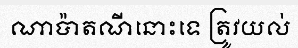
ណាប៉ាតណីនោះទេ ត្រូវយល់